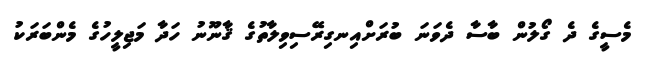
މެސީގެ ދެ ގޯލުން ބާސާ ދެވަނަ ބުރަށްއިނގިރޭސިވިލާތުގެ ޤާނޫނު ހަދާ މަޖިލީހުގެ މެންބަރަކު